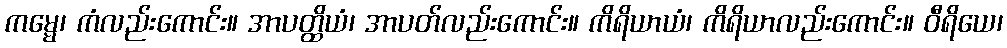
ကမ္မေ၊ ကံလည်းကောင်း။ အာပတ္ထိယံ၊ အာပတ်လည်းကောင်း။ ကိရိယာယံ၊ ကိရိယာလည်းကောင်း။ ဝီရိယေ၊